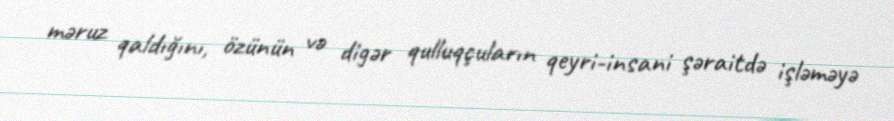
məruz qaldığını, özünün və digər qulluqçuların qeyri-insani şəraitdə işləməyə